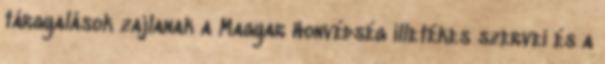
tárgyalások zajlanak a Magyar Honvédség illetékes szervei és a